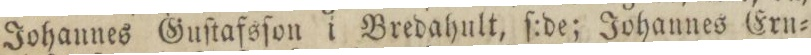
Johannes Guſtafsſon i Bredahult, ſ:de; Johannes Ern=